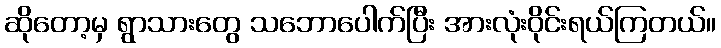
ဆိုတော့မှ ရွာသားတွေ သဘောပေါက်ပြီး အားလုံးဝိုင်းရယ်ကြတယ်။